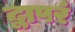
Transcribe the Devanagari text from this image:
द्वापरं